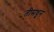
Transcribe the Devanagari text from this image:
तीमधून